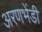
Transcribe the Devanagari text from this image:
अरणभेंडी